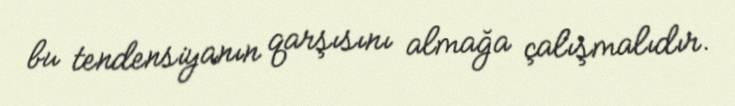
bu tendensiyanın qarşısını almağa çalışmalıdır.